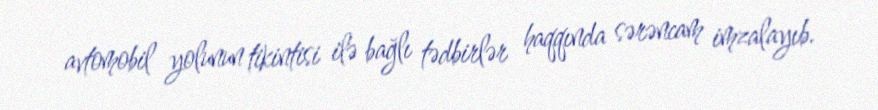
avtomobil yolunun tikintisi ilə bağlı tədbirlər haqqında sərəncam imzalayıb.